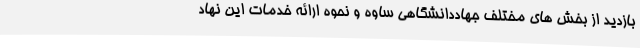
بازدید از بخش های مختلف جهاددانشگاهی ساوه و نحوه ارائه خدمات این نهاد